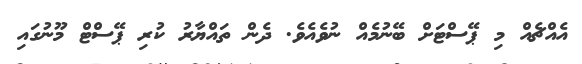
އެއްޗެއް މި ޕޭސްޓަށް ބޭނުމެއް ނުވެއެވެ. ދެން ތައްޔާރު ކުރި ޕޭސްޓް މޫނުގައި